Civil Veterinary Department Bihar & Orissa reports 1929-36 - 1929-1936
Year: 1929
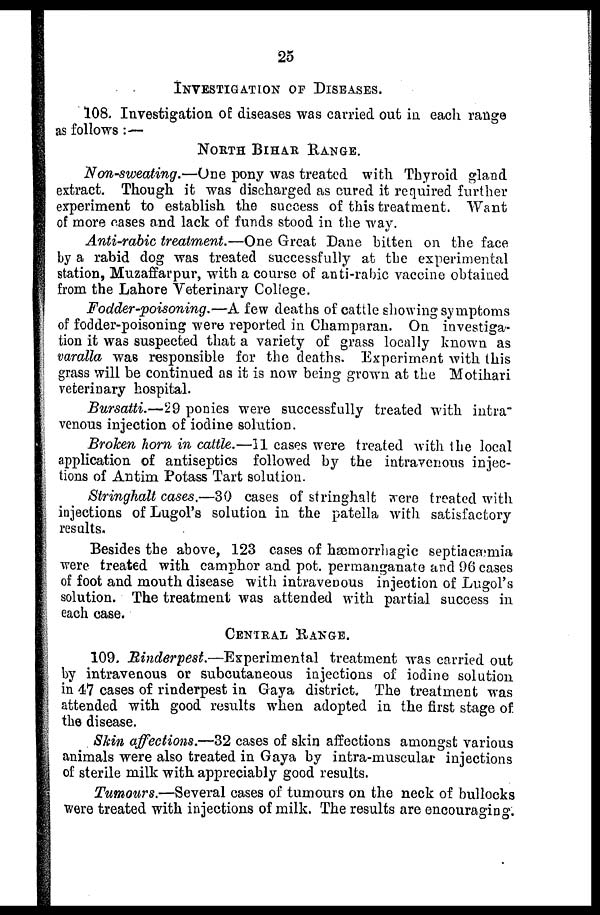
25
INVESTIGATION OF DISEASES.
108. Investigation of diseases was carried out in each range
as follows :—
NORTH BIHAR RANGS.
Non-sweating.—One pony was treated with Thyroid gland
extract. Though it was discharged as cured it required further
experiment to establish the success of this treatment. Want
of more cases and lack of funds stood in the way.
Anti-rabic treatment.—One Great Dane bitten on the face
by a rabid dog was treated successfully at the experimental
station, Muzaffarpur, with a course of anti-rabic vaccine obtained
from the Lahore Veterinary College.
Fodder-poisoning.—A few deaths of cattle showing symptoms
of fodder-poisoning were reported in Champaran. On investiga-
tion it was suspected that a variety of grass locally known as
varalla was responsible for the deaths. Experiment with this
grass will be continued as it is now being grown at the Motihari
veterinary hospital.
Bursatti.—29 ponies were successfully treated with intra
venous injection of íodine solution.
Broken horn in cattle.—11 cases were treated with the local
application of antiseptics followed by the intravenous injec-
tions of Antim Potass Tart solution.
Stringhalt cases.—30 cases of stringhalt were treated with
injections of Lugol's solution in the patella with satisfactory
results.
Besides the above, 123 cases of hæmorrhagic septiacæmia
were treated with camphor and pot. permanganate and 96 cases
of foot and mouth disease with intravenous injection of Lugol's
solution. The treatment was attended with partial success in
each case.
CENTRAL RANGE.
109. Rinderpest.—Experimental
treatment was carried out
by intravenous or subcutaneous injections of iodine solution
in 47 cases of rinderpest in Gaya district. The treatment was
attended with good results when adopted in the first stage of
the disease.
Shin affections.—32 cases of skin affections amongst various
animals were also treated in Gaya by intra-muscular injections
of sterile milk with appreciably good results.
Tumours.—Several cases of tumours on the neck of bullocks
were treated with injections of milk. The results are encouraging.